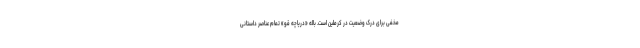
مخفی برای درک وضعیت در کرملین است. باله «دریاچه قو» تمام عناصر داستانی